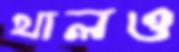
খালও